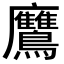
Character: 𪈲